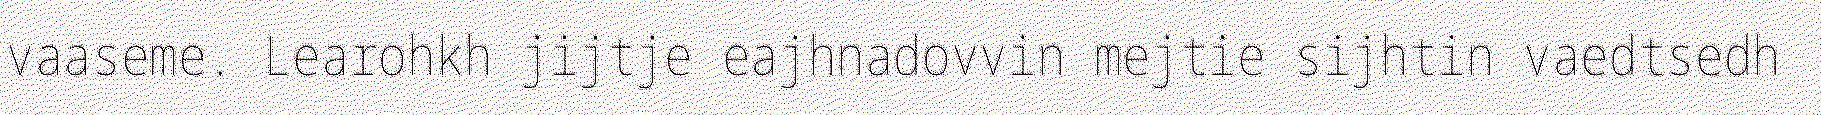
vaaseme. Learohkh jijtje eajhnadovvin mejtie sijhtin vaedtsedh